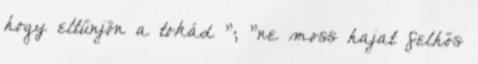
hogy eltűnjön a tokád "; "ne moss hajat felhős